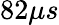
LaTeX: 82\mu s